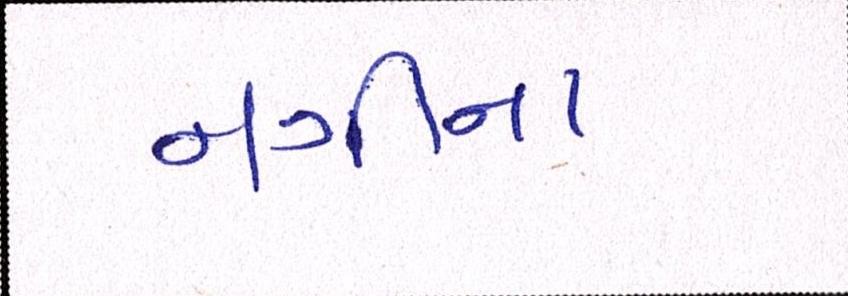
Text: નગીના